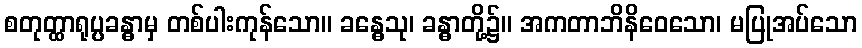
စတုတ္ထာရုပ္ပခန္ဓာမှ တစ်ပါးကုန်သော။ ခန္ဓေသု၊ ခန္ဓာတို့၌။ အကတာဘိနိဝေသော၊ မပြုအပ်သော